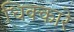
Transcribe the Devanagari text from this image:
धिक्कारे